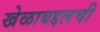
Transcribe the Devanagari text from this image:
खेळाबद्दलची